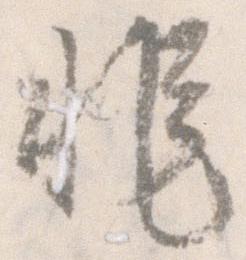
非